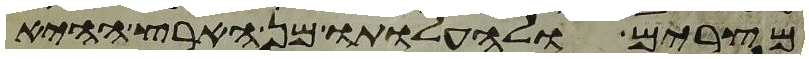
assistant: מצרים ולהעלותו מן הארץ ההיא